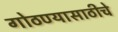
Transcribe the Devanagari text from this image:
गोठण्यासाठीचे